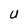
Character: U